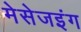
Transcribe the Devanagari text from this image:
मेसेजइंग